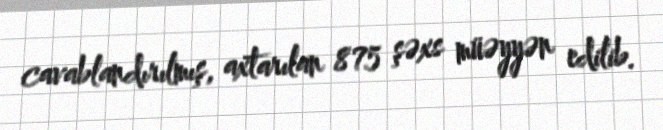
cavablandırılmış, axtarılan 875 şəxs müəyyən edilib.